Report of the Indian Hemp Drugs Commission, 1894-1895 - Volume V
Year: 1894
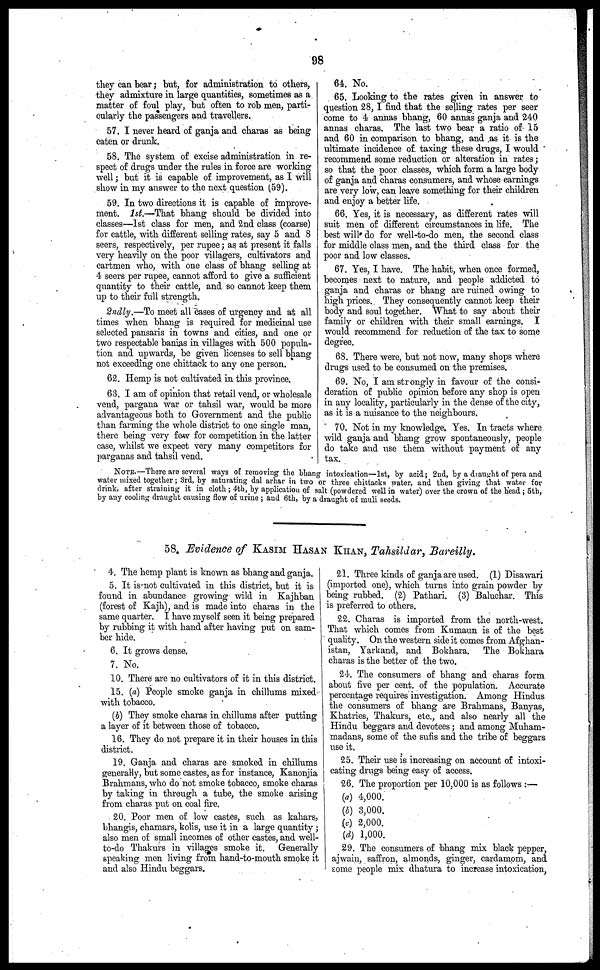
98
they can bear; but, for administration to others,
they admixture in large quantities, sometimes as a
matter of foul play, but often to rob men, parti-
cularly the passengers and travellers.
57. I never heard of ganja and charas as being
eaten or drunk.
58. The system of excise administration in re-
spect of drugs under the rules in force are working
well; but it is capable of improvement, as I will
show in my answer to the next question (59).
59. In two directions it is capable of improve-
ment. 1st.—That bhang should be divided into
classes—1st class for men, and 2nd class (coarse)
for cattle, with different selling rates, say 5 and 8
seers, respectively, per rupee; as at present it falls
very heavily on the poor villagers, cultivators and
cartmen who, with one class of bhang selling at
4 seers per rupee, cannot afford to give a sufficient
quantity to their cattle, and so cannot keep them
up to their full strength.
2ndly.—To meet all cases of urgency and at all
times when bhang is required for medicinal use
selected pansaris in towns and cities, and one or
two respectable banias in villages with 500 popula-
tion and upwards, be given licenses to sell bhang
not exceeding one chittack to any one person.
62. Hemp is not cultivated in this province.
63. I am of opinion that retail vend, or wholesale
vend, pargana war or tahsil war, would be more
advantageous both to Government and the public
than farming the whole district to one single man,
there being very few for competition in the latter
case, whilst we expect very many competitors for
parganas and tahsil vend.
64. No.
65. Looking to the rates given in answer to
question 28, I find that the selling rates per seer
come to 4 annas bhang, 60 annas ganja and 240
annas charas. The last two bear a ratio of 15
and 60 in comparison to bhang, and as it is the
ultimate incidence of taxing these drugs, I would
recommend some reduction or alteration in rates;
so that the poor classes, which form a large body
of ganja and charas consumers, and whose earnings
are very low, can leave something for their children
and enjoy a better life.
66. Yes, it is necessary, as different rates will
suit men of different circumstances in life. The
best will do for well-to-do men, the second class
for middle class men, and the third class for the
poor and low classes.
67. Yes, I have. The habit, when once formed,
becomes next to nature, and people addicted to
ganja and charas or bhang are ruined owing to
high prices. They consequently cannot keep their
body and soul together. What to say about their
family or children with their small earnings. I
would recommend for reduction of the tax to some
degree.
68. There were, but not now, many shops where
drugs used to be consumed on the premises.
69. No, I am strongly in favour of the consi-
deration of public opinion before any shop is open
in any locality, particularly in the dense of the city,
as it is a nuisance to the neighbours.
70. Not in my knowledge. Yes. In tracts where
wild ganja and bhang grow spontaneously, people
do take and use them without payment of any
tax.
NOTE.—Thore are several ways of removing the bhang intoxication—1st, by acid; 2nd, by a draught of pera and
water mixed together; 3rd, by saturating dal arhar in two or three chittacks water, and then giving that water for
drink, after straining it in cloth ; 4th, by application of salt (powdered well in water) over the crown of the Head ; 5th,
by any cooling draught causing flow of urnie ; and 6th, by a draught of inuli seeds.
58. Evidence of KASIM HASAN KHAN, Tahsildar, Bareilly.
4. The hemp plant is known as bhang and ganja.
5. It is not cultivated in this district, but it is
found in abundance growing wild in Kajhban
(forest of Kajh), and is made into charas in the
same quarter. I have myself seen it being prepared
by rubbing it with hand after having put on sam-
ber hide.
6. It grows dense.
7. No.
10. There are no cultivators of it in this district.
15. (a) People smoke ganja in chillums mixed
with tobacco.
(b) They smoke charas in chillums after putting
a layer of it between those of tobacco.
16. They do not prepare it in their houses in this
district.
19. Ganja and charas are smoked in chillums
generally, but some castes, as for instance, Kanonjia
Brahmaus, who do not smoke tobacco, smoke charas
by taking in through a tube, the smoke arising
from charas put on coal fire.
20. Poor men of low castes, such as kahars,
bhangis, chamars, kolis, use it in a large quantity ;
also men of small incomes of other castes, and well-
to-do Thakurs in villages smoke it. Generally
speaking men living from hand-to-mouth smoke it
and also Hindu beggars.
21. Three kinds of ganja are used. (1) Disawari
(imported one), which turns into grain powder by
being rubbed. (2) Pathari. (3) Baluchar. This
is preferred to others.
22. Charas is imported from the north-west.
That which comes from Kumaun is of the best
quality. On the western side it comes from Afghan-
istan, Yarkand, and Bokhara. The Bokhara
charas is the better of the two.
24. The consumers of bhang and charas form
about five per cent. of the population. Accurate
percentage requires investigation. Among Hindus
the consumers of bhang are Brahmaus, Banyas,
Khatries, Thakurs, etc., and also nearly all the
Hindu beggars and devotees ; and among Muham-
madans, some of the sufis and the tribe of beggars
use it.
25. Their use is increasing on account of intoxi-
cating drugs being easy of access.
26. The proportion per 10,000 is as follows :—
(a) 4,000.
(4) 3,000.
(c) 2,000.
(d) 1,000.
29. The consumers of bhang mix black pepper,
ajwain, saffron, almonds, ginger, cardamom, and
some people mix dhatura to increase intoxication,